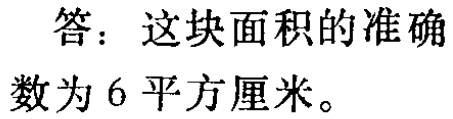
答：这块面积的准确数为6平方厘米。